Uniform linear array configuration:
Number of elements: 64
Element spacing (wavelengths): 0.25
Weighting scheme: uniform
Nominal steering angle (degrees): -30
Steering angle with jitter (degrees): -29.308
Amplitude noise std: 0.05
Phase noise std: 0.05

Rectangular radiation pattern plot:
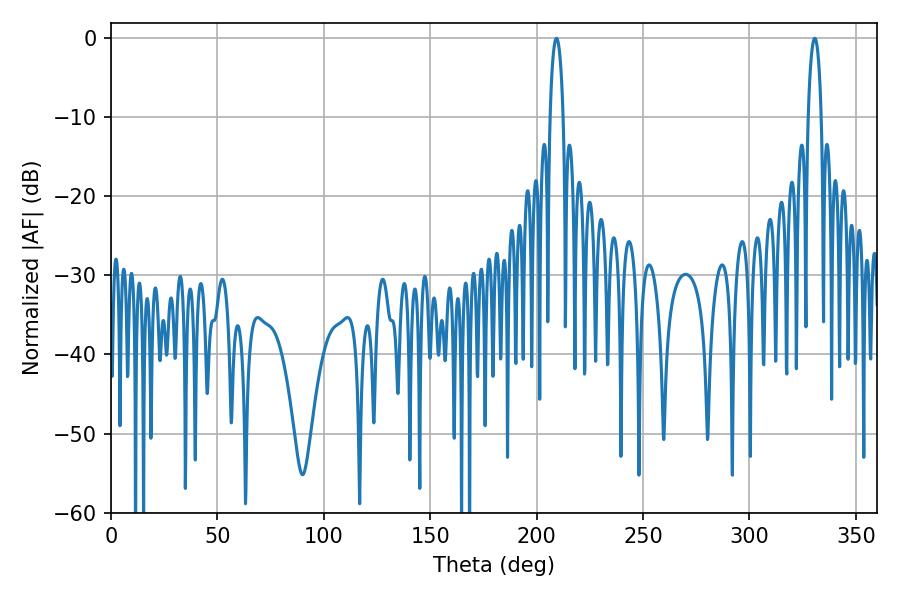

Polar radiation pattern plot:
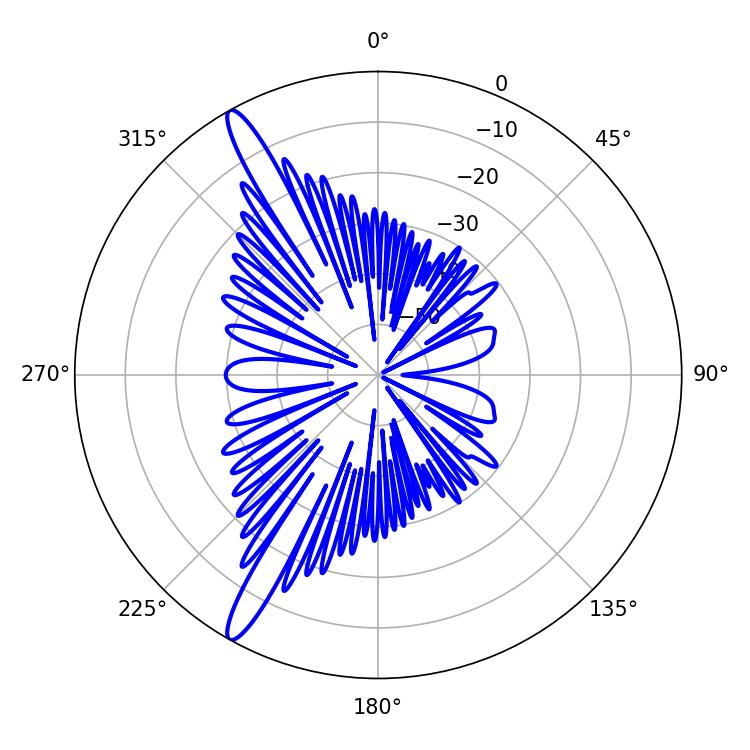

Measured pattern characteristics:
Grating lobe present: FALSE
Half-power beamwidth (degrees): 3.6
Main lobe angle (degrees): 330.66